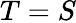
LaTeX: T=S